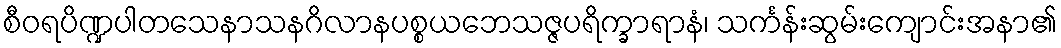
စီဝရပိဏ္ဍပါတသေနာသနဂိလာနပစ္စယဘေသဇ္ဇပရိက္ခာရာနံ၊ သင်္ကန်းဆွမ်းကျောင်းအနာ၏